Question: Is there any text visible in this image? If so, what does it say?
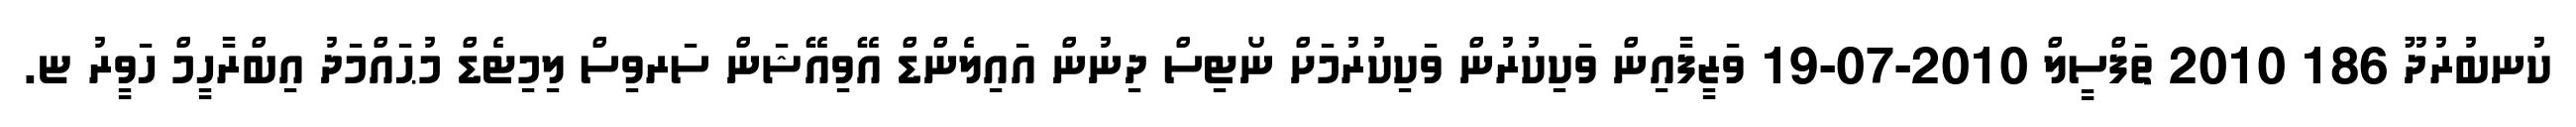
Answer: ކުނބުރުދޫ 186 2010 ތަފްސީލް 2010-07-19 ވަޒީފާއިން ވަކިކުރުން ވަކިކުރުމަށް ނޯޓިސް ދިނުން އައިލެންޑް އޭވިއޭޝަން ސަރވިސް ލިމިޓެޑް މުޙައްމަދު އިބްރާހީމް ހަވީރު ޏ.